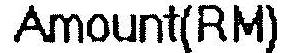
AMOUNT(RM)